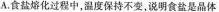
A.食盐熔化过程中，温度保持不变，说明食盐是晶体